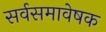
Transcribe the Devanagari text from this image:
सर्वसमावेषक